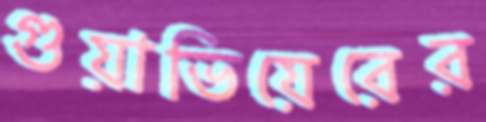
গুয়াভিয়েরের